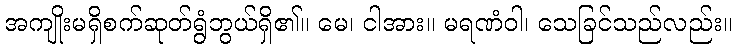
အကျိုးမရှိစက်ဆုတ်ရွံဘွယ်ရှိ၏။ မေ၊ ငါအား။ မရဏံဝါ၊ သေခြင်သည်လည်း။